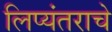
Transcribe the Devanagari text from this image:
लिप्यंतराचे